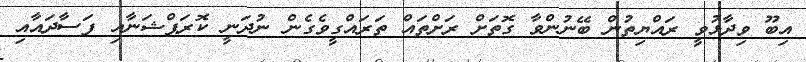
އިބޫ ވިދާޅުވީ ރައްޔިތުން ބޭނުންވާ ގޮތަށް ރަށްތައް ތަރައްގީވެގެން ނުދަނީ ކޮރަޕްޝަނާއި ފަސާދައާއި